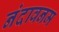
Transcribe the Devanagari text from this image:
नंदावनम